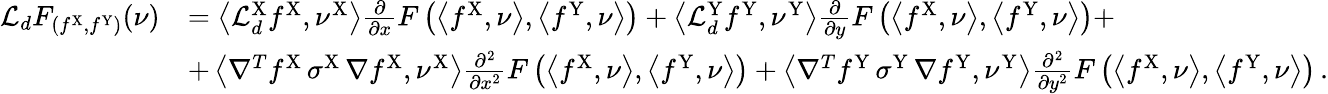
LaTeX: \begin{array}{rl}{\mathcal{L}_{d}F_{(f^{\mathrm{X}},f^{\mathrm{Y}})}(\nu)}&{=\left\langle\mathcal{L}_{d}^{\mathrm{X}}f^{\mathrm{X}},\nu^{\mathrm{X}}\right\rangle\frac{\partial}{\partial x}F\left(\left\langle f^{\mathrm{X}},\nu\right\rangle,\left\langle f^{\mathrm{Y}},\nu\right\rangle\right)+\left\langle\mathcal{L}_{d}^{\mathrm{Y}}f^{\mathrm{Y}},\nu^{\mathrm{Y}}\right\rangle\frac{\partial}{\partial y}F\left(\left\langle f^{\mathrm{X}},\nu\right\rangle,\left\langle f^{\mathrm{Y}},\nu\right\rangle\right)+}\\ &{+\left\langle\nabla^{T}f^{\mathrm{X}}\, \sigma^{\mathrm{X}}\, \nabla f^{\mathrm{X}},\nu^{\mathrm{X}}\right\rangle\frac{\partial^{2}}{\partial x^{2}}F\left(\left\langle f^{\mathrm{X}},\nu\right\rangle,\left\langle f^{\mathrm{Y}},\nu\right\rangle\right)+\left\langle\nabla^{T}f^{\mathrm{Y}}\, \sigma^{\mathrm{Y}}\, \nabla f^{\mathrm{Y}},\nu^{\mathrm{Y}}\right\rangle\frac{\partial^{2}}{\partial y^{2}}F\left(\left\langle f^{\mathrm{X}},\nu\right\rangle,\left\langle f^{\mathrm{Y}},\nu\right\rangle\right)\, .}\end{array}